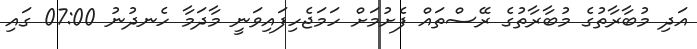
އަދި މުބާރާތުގެ މުބާރާތުގެ ރޭސްތައް ފެށުމަށް ހަމަޖެހިފައިވަނީ މާދަމާ ހެނދުނު 07:00 ގައި